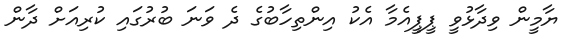
ޔާމީން ވިދާޅުވީ ޕީޕީއެމާ އެކު އިންތިހާބުގެ ދެ ވަނަ ބުރުގައި ކުރިއަށް ދާން